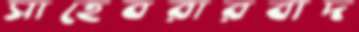
সাহেবরারবাদ